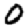
Digit: 0